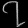
Digit: ၇